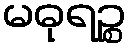
မဓုရဉ္စ